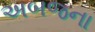
અબજના